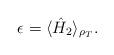
LaTeX: \begin{align*}\epsilon=\langle \hat{H}_2\rangle_{\rho_T}.\end{align*}